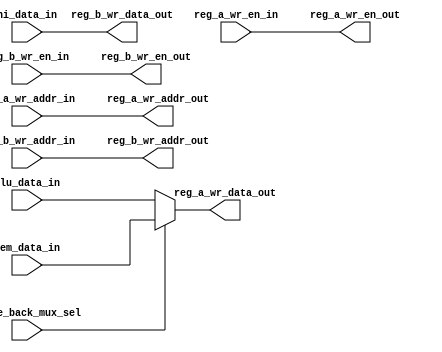
// +----------------------------------------------------------------------------
// GNU General Public License
// -----------------------------------------------------------------------------
// This file is part of uDLX (micro-DeLuX) soft IP-core.
//
// uDLX is free soft IP-core: you can redistribute it and/or modify
// it under the terms of the GNU General Public License as published by
// the Free Software Foundation, either version 3 of the License, or
// (at your option) any later version.
//
// uDLX soft core is distributed in the hope that it will be useful,
// but WITHOUT ANY WARRANTY; without even the implied warranty of
// MERCHANTABILITY or FITNESS FOR A PARTICULAR PURPOSE. See the
// GNU General Public License for more details.
//
// You should have received a copy of the GNU General Public License
// along with uDLX. If not, see <http://www.gnu.org/licenses/>.
// +----------------------------------------------------------------------------
// PROJECT: uDLX core Processor
// ------------------------------------------------------------------------------
// KEYWORDS    : write-back, multiplexer, combinational, dlx
// -----------------------------------------------------------------------------
// PURPOSE: Selects the data which will be stores in register file.
// -----------------------------------------------------------------------------

module write_back
#(
   parameter DATA_WIDTH = 32,
   parameter REG_ADDR_WIDTH = 5
 )
(
   input [DATA_WIDTH-1:0] mem_data_in,
   input [DATA_WIDTH-1:0] alu_data_in,
   input [DATA_WIDTH-1:0] hi_data_in,
//   input reg_wr_en_in,
//   input [REG_ADDR_WIDTH-1:0] reg_wr_addr_in,
   input [REG_ADDR_WIDTH-1:0] reg_a_wr_addr_in,
   input [REG_ADDR_WIDTH-1:0] reg_b_wr_addr_in,
   input reg_a_wr_en_in,
   input reg_b_wr_en_in,
   input write_back_mux_sel,

   output [REG_ADDR_WIDTH-1:0] reg_a_wr_addr_out,
   output [REG_ADDR_WIDTH-1:0] reg_b_wr_addr_out,
   output [DATA_WIDTH-1:0] reg_a_wr_data_out,
   output [DATA_WIDTH-1:0] reg_b_wr_data_out,
   output reg_a_wr_en_out,
   output reg_b_wr_en_out
);

//verificar se vai extender o sinal apenas de uma forma

assign reg_a_wr_data_out = write_back_mux_sel?mem_data_in:alu_data_in;
assign reg_b_wr_data_out = hi_data_in;
assign reg_a_wr_en_out = reg_a_wr_en_in;
assign reg_b_wr_en_out = reg_b_wr_en_in;
assign reg_a_wr_addr_out = reg_a_wr_addr_in;
assign reg_b_wr_addr_out = reg_b_wr_addr_in;

endmodule